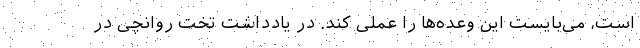
است، می‌بایست این وعده‌‌ها را عملی کند. در یادداشت تخت روانچی در